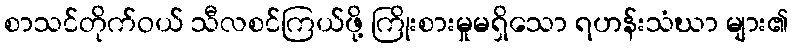
စာသင်တိုက်ဝယ် သီလစင်ကြယ်ဖို့ ကြိုးစားမှုမရှိသော ရဟန်းသံဃာ များ၏